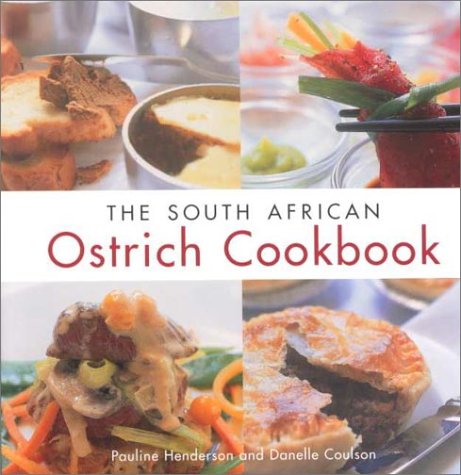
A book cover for The South African Ostrich Cook Book; Pauline Henderson; Cookbooks, Food & Wine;